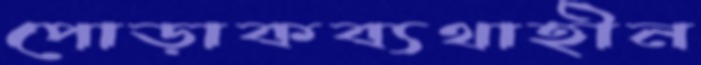
পোড়াকব্যথাহীন